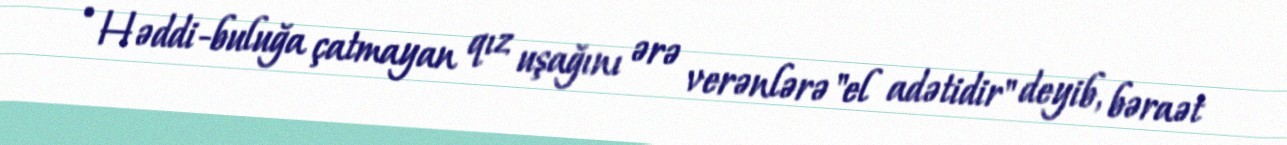
• Həddi-buluğa çatmayan qız uşağını ərə verənlərə "el adətidir" deyib, bəraət